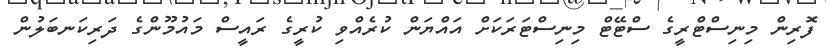
ފޮރިން މިނިސްޓްރީގެ ސްޓޭޓް މިނިސްޓަރަކަށް އައްޔަން ކުރެއްވި ކުރީގެ ރައީސް މައުމޫންގެ ދަރިކަނބަލުން